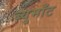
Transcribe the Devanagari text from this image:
ब्युमाँट